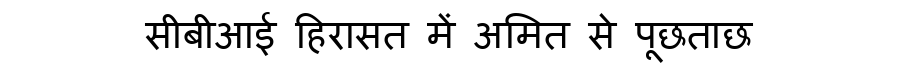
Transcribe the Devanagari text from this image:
सीबीआई हिरासत में अमित से पूछताछ